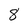
Character: 8